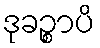
ဒုခဉ္စာပိ